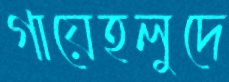
গায়েহলুদে